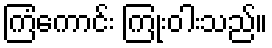
ကြံကောင်း ကြုံးဝါးသည်။